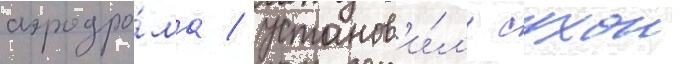
аэродро́ма / установ'и́л'и сухои